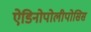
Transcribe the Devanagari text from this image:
ऐडिनोपोलीपोसिस